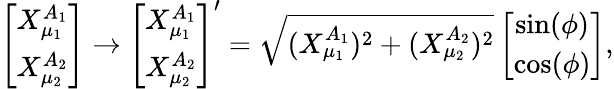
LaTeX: \left[\begin{array}{c}{{X_{\mu_{1}}^{A_{1}}}}\\ {{X_{\mu_{2}}^{A_{2}}}}\end{array}\right]\rightarrow\left[\begin{array}{c}{{X_{\mu_{1}}^{A_{1}}}}\\ {{X_{\mu_{2}}^{A_{2}}}}\end{array}\right]^{\prime}=\sqrt{(X_{\mu_{1}}^{A_{1}})^{2}+(X_{\mu_{2}}^{A_{2}})^{2}}\left[\begin{array}{c}{{\sin(\phi)}}\\ {{\cos(\phi)}}\end{array}\right],